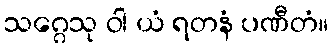
သဂ္ဂေသု ဝါ ယံ ရတနံ ပဏီတံ။